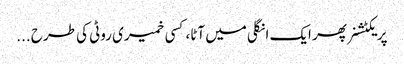
پریکٹشنر پھر ایک انگلی میں آٹا، کسی خمیری روٹی کی طرح ...